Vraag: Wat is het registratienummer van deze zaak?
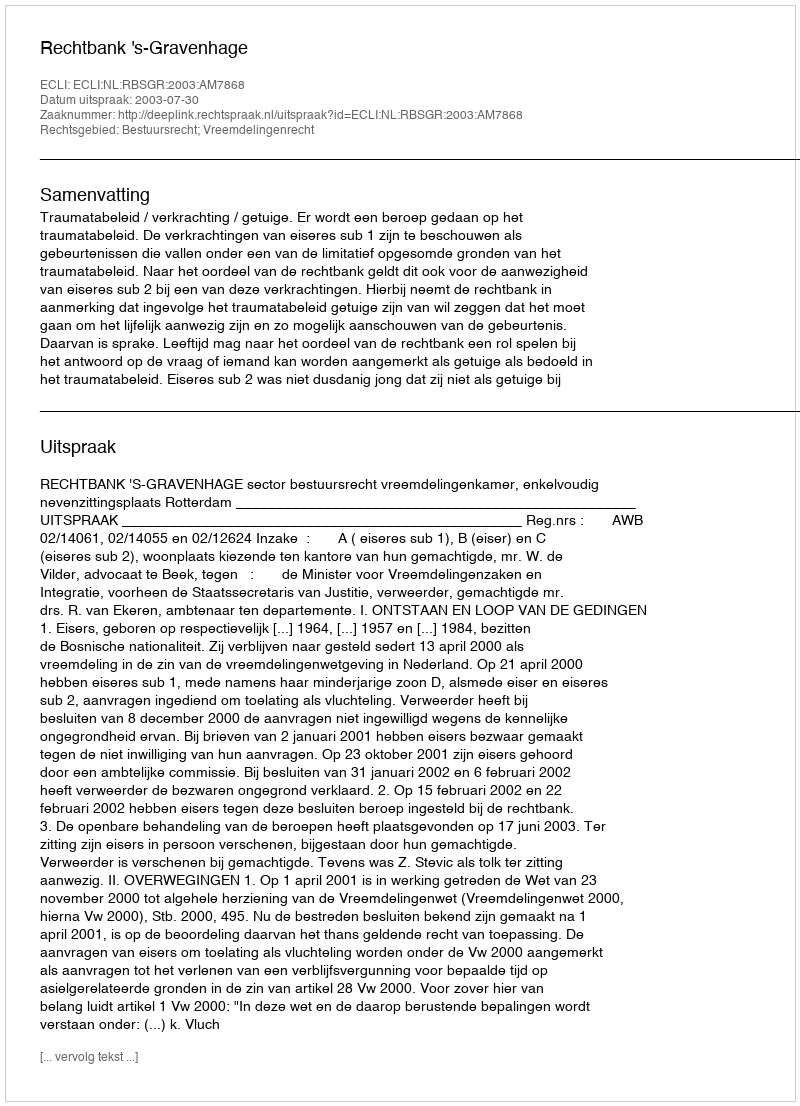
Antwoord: http://deeplink.rechtspraak.nl/uitspraak?id=ECLI:NL:RBSGR:2003:AM7868